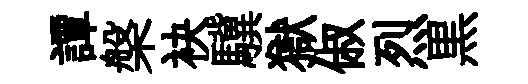
譚槃袂驥獄俶烈黒